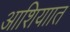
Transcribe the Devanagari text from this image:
आशियाात